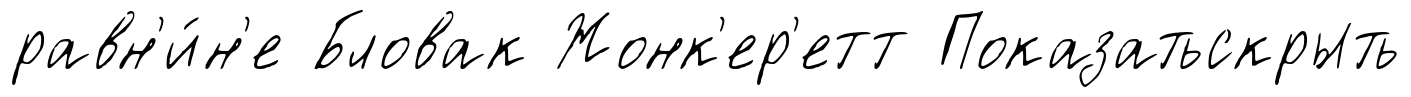
равн'и́н'е Бловак Жонк'ер'етт Показатьскрыть